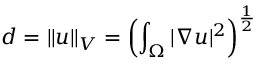
d = \Vert u \Vert _ { V } = \left( \int _ { \Omega } | \nabla u | ^ { 2 } \right) ^ { \frac { 1 } { 2 } }